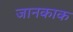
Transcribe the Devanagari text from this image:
जानकाक